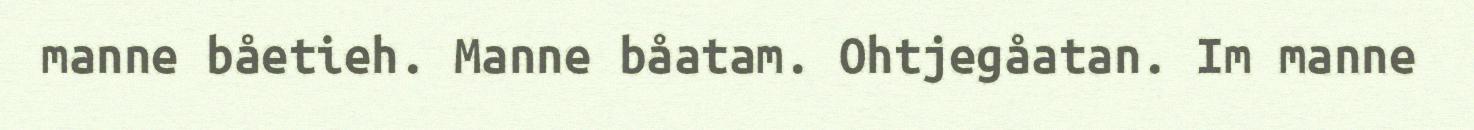
manne båetieh. Manne båatam. Ohtjegåatan. Im manne